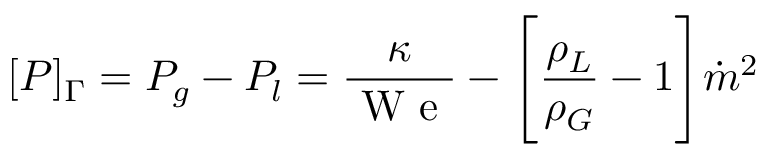
[ P ] _ { \Gamma } = P _ { g } - P _ { l } = \frac { \kappa } { \mathrm { ~ W ~ e ~ } } - \Bigg [ \frac { \rho _ { L } } { \rho _ { G } } - 1 \Bigg ] \dot { m } ^ { 2 }